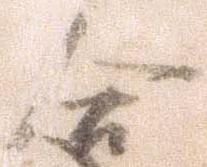
合